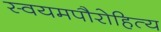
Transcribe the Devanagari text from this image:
स्वयमपौरोहित्य